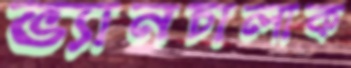
ভ্যানচালাক